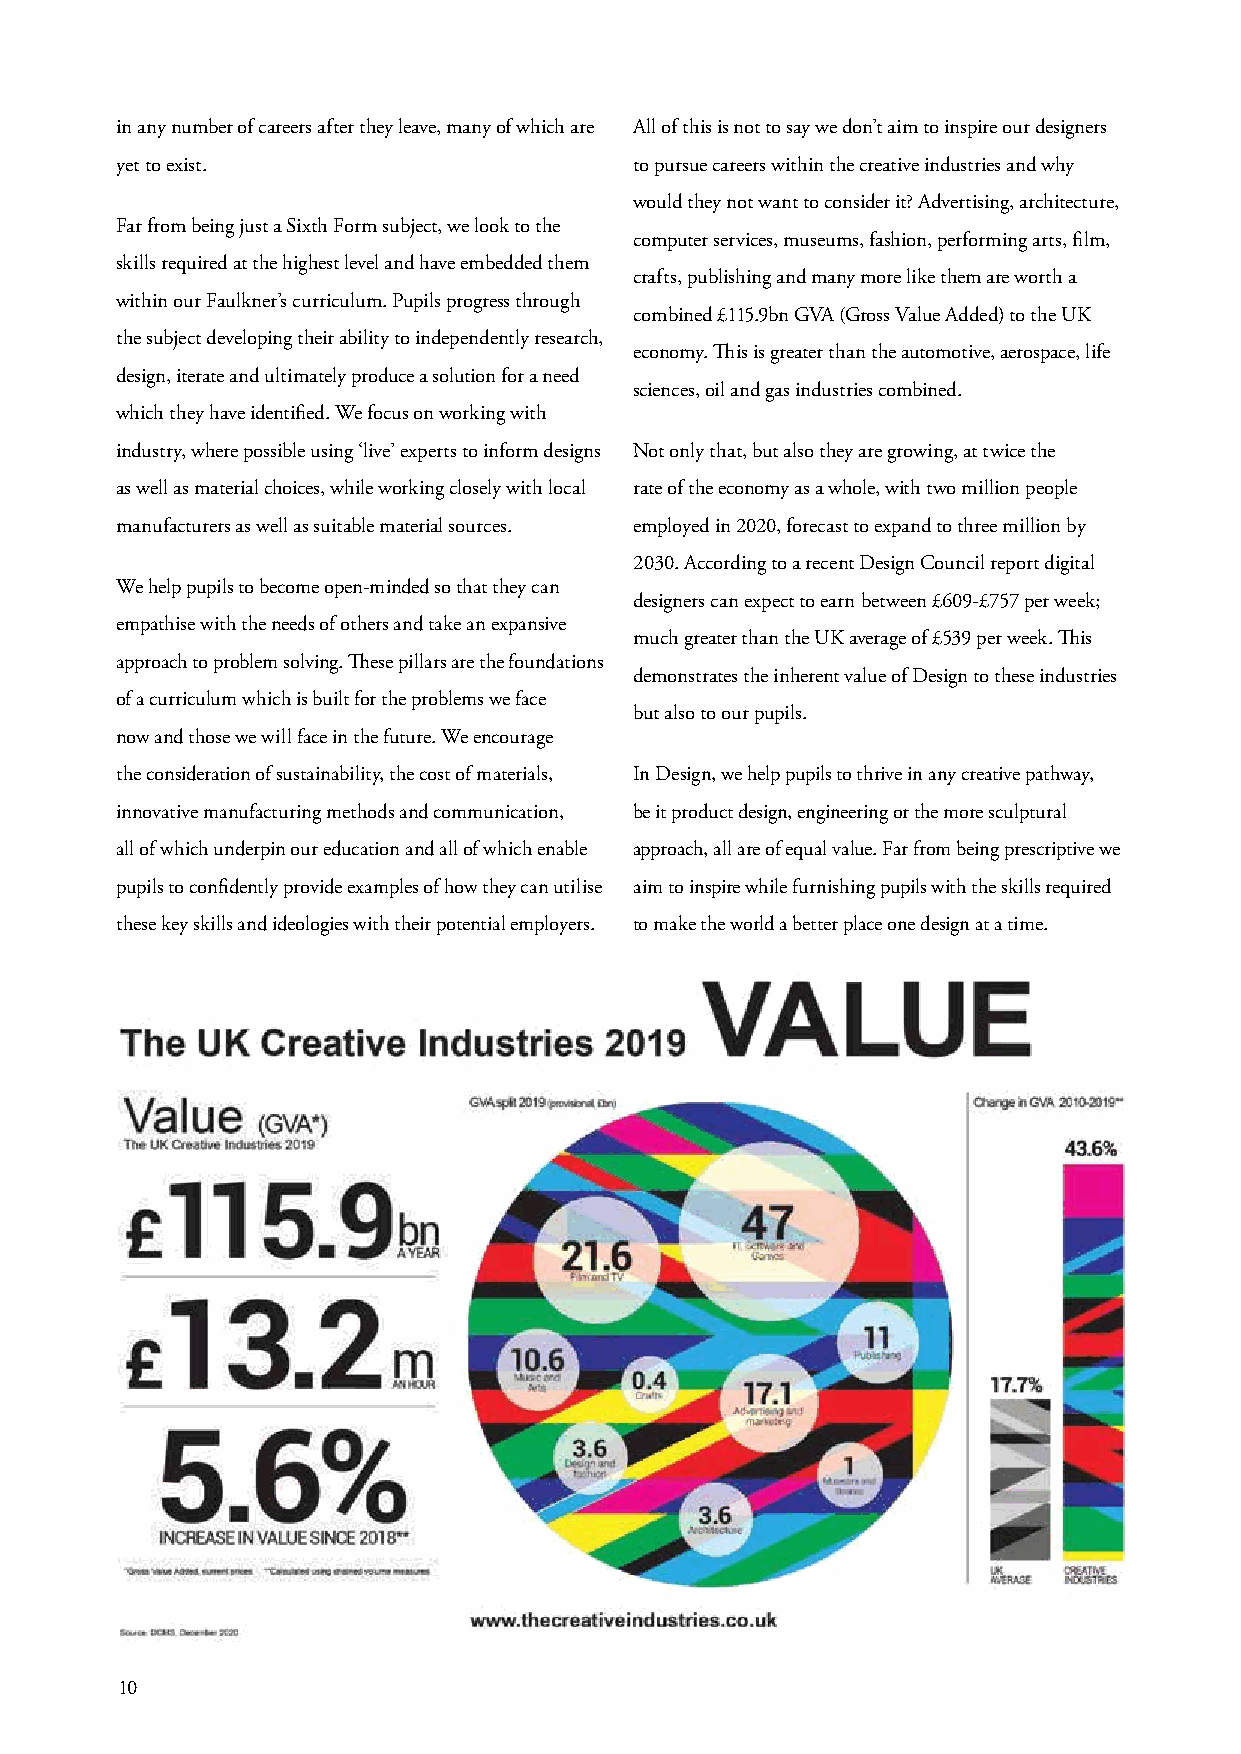
in any number of careers after they leave, many of which are All of this is not to say we don’t aim to inspire our designers
 yet to exist.                     to pursue careers within the creative industries and why
 would they not want to consider it? Advertising, architecture,
 Far from being just a Sixth Form subject, we look to the
 computer services, museums, fashion, performing arts, film,
 skills required at the highest level and have embedded them
 crafts, publishing and many more like them are worth a
 within our Faulkner’s curriculum. Pupils progress through
 combined £115.9bn GVA (Gross Value Added) to the UK
 the subject developing their ability to independently research,
 economy. This is greater than the automotive, aerospace, life
 design, iterate and ultimately produce a solution for a need
 sciences, oil and gas industries combined.
 which they have identified. We focus on working with
 industry, where possible using ‘live’ experts to inform designs Not only that, but also they are growing, at twice the
 as well as material choices, while working closely with local rate of the economy as a whole, with two million people
 manufacturers as well as suitable material sources. employed in 2020, forecast to expand to three million by
 2030. According to a recent Design Council report digital
 We help pupils to become open-minded so that they can
 designers can expect to earn between £609-£757 per week;
 empathise with the needs of others and take an expansive
 much greater than the UK average of £539 per week. This
 approach to problem solving. These pillars are the foundations
 demonstrates the inherent value of Design to these industries
 of a curriculum which is built for the problems we face
 but also to our pupils.
 now and those we will face in the future. We encourage
 the consideration of sustainability, the cost of materials, In Design, we help pupils to thrive in any creative pathway,
 innovative manufacturing methods and communication, be it product design, engineering or the more sculptural
 all of which underpin our education and all of which enable approach, all are of equal value. Far from being prescriptive we
 pupils to confidently provide examples of how they can utilise aim to inspire while furnishing pupils with the skills required
 these key skills and ideologies with their potential employers. to make the world a better place one design at a time.
 10